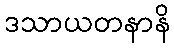
ဒသာယတနာနိ